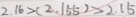
2 . 1 6 > ( 2 . 1 5 5 ) > 2 . 1 5